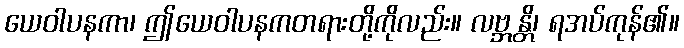
ယေဝါပနကာ၊ ဤယေဝါပနကတရားတို့ကိုလည်း။ လဗ္ဘန္တိ၊ ရအပ်ကုန်၏။